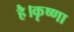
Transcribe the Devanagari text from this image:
है।कृष्णा